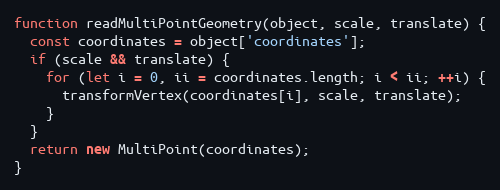
Language: JavaScript
function readMultiPointGeometry(object, scale, translate) {
  const coordinates = object['coordinates'];
  if (scale && translate) {
    for (let i = 0, ii = coordinates.length; i < ii; ++i) {
      transformVertex(coordinates[i], scale, translate);
    }
  }
  return new MultiPoint(coordinates);
}